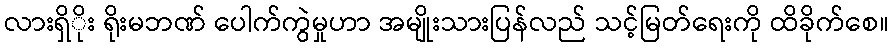
လားရှိိုး ရိုးမဘဏ် ပေါက်ကွဲမှုဟာ အမျိုးသားပြန်လည် သင့်မြတ်ရေးကို ထိခိုက်စေ။